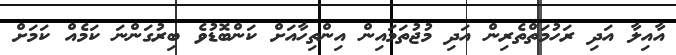
އާއިލާ އަދި ރަހުމަތްތެރިން އަދި މުޖުތަމައިން އިންތިހާއަށް ކަންބޮޑުވެ ބިރުގަންނަ ކަމެއް ކަމަށް